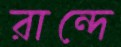
রান্দে